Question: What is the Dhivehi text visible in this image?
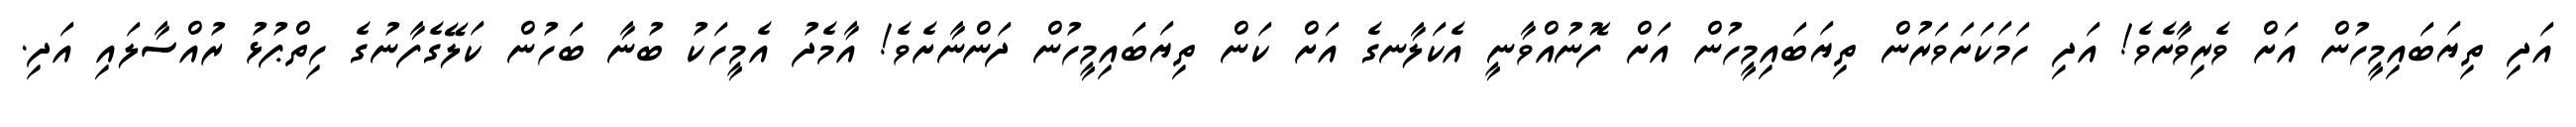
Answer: އަދި ތިޔަބައިމީހުން އަށް ވެރިވާށެވެ! އަދި ހަމަކަށަވަރުން ތިޔަބައިމީހުން އަށް ފޮނުއްވާނީ އެކަލާނގެ އަށް ކަން ތިޔަބައިމީހުން ދަންނާށެވެ! އާމެދު އެމީހަކު ބުނާ ބަހުން ކަލޭގެފާނުގެ ހިތްޕުޅު ރުއްސާލައި އަދި.